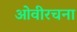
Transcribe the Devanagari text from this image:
ओवीरचना